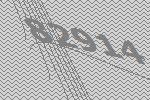
82914